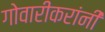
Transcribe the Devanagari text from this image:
गोवारीकरांनी